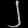
Digit: ၂